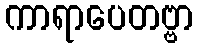
ကာရာပေတဗ္ဗာ